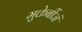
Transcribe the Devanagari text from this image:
मुक्तेर्बीजं